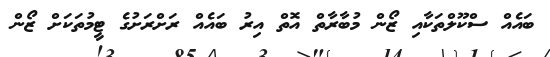
ބައެއް ސްކޫލްތަކާއި ޒޯން މުބާރާތް އޮތް އިރު ބައެއް ރަށްރަށުގެ ޓީމުތަކަށް ޒޯން